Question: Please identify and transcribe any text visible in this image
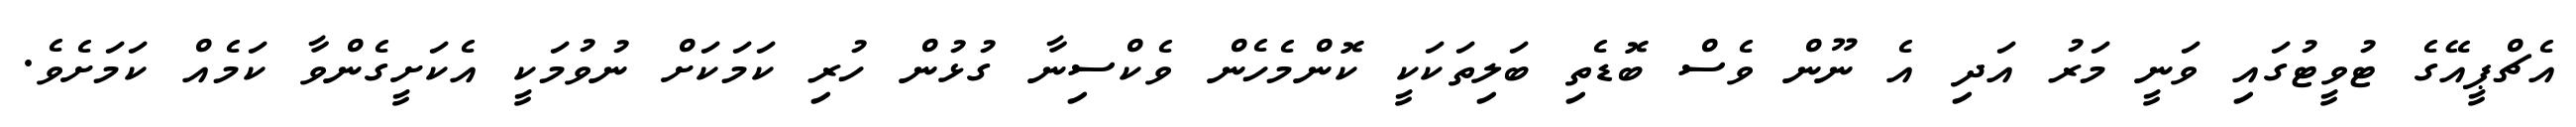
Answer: އެޗްޕީއޭގެ ޓުވީޓުގައި ވަނީ މަރު އަދި އެ ނޫން ވެސް ބޮޑެތި ބަލިތަކަކީ ކޮންމެހެން ވެކްސިނާ ގުޅުން ހުރި ކަމަކަށް ނުވުމަކީ އެކަށީގެންވާ ކަމެއް ކަމަށެވެ.